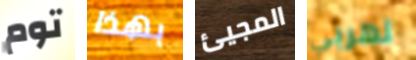
توم بهذا المجيئ تهربي